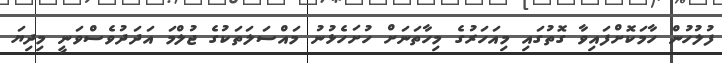
ފުލުހުން ހާމަކޮށްފައިވާ ގޮތުގައި މިއަހަރުގެ މިހާތަނަށް ހުށަހެޅުނު މައްސަލަތަކުގެ ޖުލްމަ އަދަދުވެސްވަނީ މިދިޔަ